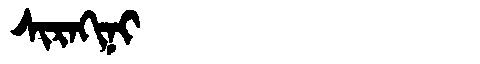
Manchu: ᠰᡳᡵᠠᡴᡳᠨᡳ
Romanization: SIRAKINI